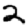
Digit: 2